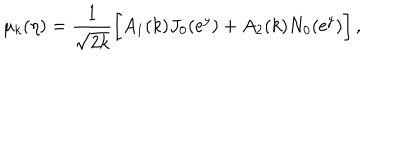
\mu _ { k } ( \eta ) = \frac { 1 } { \sqrt { 2 k } } \biggl [ A _ { 1 } ( k ) J _ { 0 } ( \mathrm { e } ^ { y } ) + A _ { 2 } ( k ) N _ { 0 } ( \mathrm { e } ^ { y } ) \biggr ] \, ,